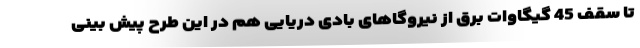
تا سقف 45 گیگاوات برق از نیروگاهای بادی دریایی هم در این طرح پیش بینی